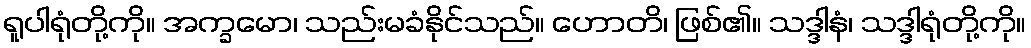
ရူပါရုံတို့ကို။ အက္ခမော၊ သည်းမခံနိုင်သည်။ ဟောတိ၊ ဖြစ်၏။ သဒ္ဒါနံ၊ သဒ္ဒါရုံတို့ကို။